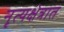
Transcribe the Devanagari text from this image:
नृत्यक्षेत्रात